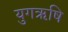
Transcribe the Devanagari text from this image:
युगऋषि